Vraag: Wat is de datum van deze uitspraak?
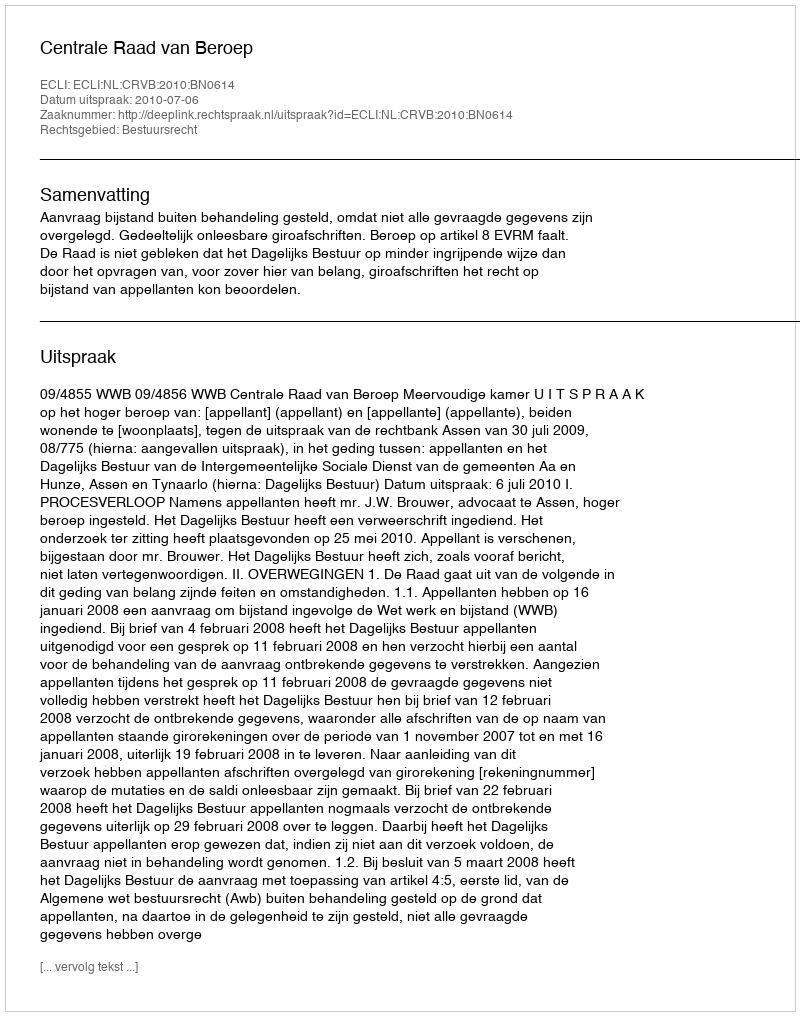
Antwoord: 2010-07-06